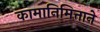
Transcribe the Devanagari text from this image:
कामानिमित्ताने